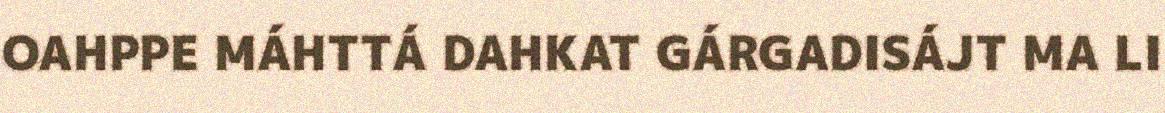
OAHPPE MÁHTTÁ DAHKAT GÁRGADISÁJT MA LI